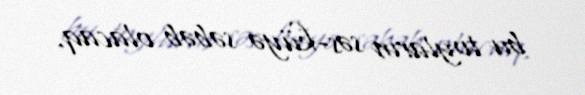
bu toyların səs-küyə səbəb olacaq.